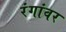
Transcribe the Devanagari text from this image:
रंगांवर